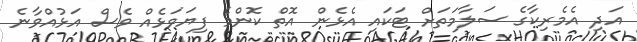
އަދި އެމެެރިކާގެ ސަލާމަތަށް ޓަކައި އެޅެން އޮތް ކޮންމެ ފިޔަވަޅެއް ވެސް އަޅުއްވާނެ